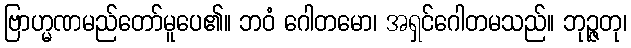
ဗြာဟ္မဏမည်တော်မူပေ၏။ ဘဝံ ဂေါတမော၊ အရှင်ဂေါတမသည်။ ဘုဉ္ဇတု၊